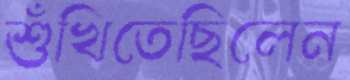
শুঁখিতেছিলেন